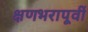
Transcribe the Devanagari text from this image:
क्षणभरापूर्वी